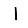
Digit: 1